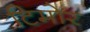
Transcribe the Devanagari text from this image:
टिमोर